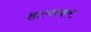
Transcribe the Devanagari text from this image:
हटवाकर